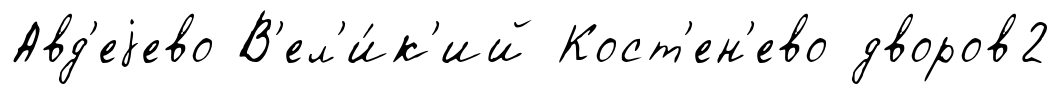
Авд'еjево В'ел'и́к'ий Кост'ен'ево дворов2